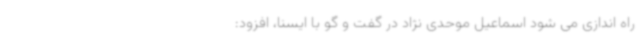
راه اندازی می شود اسماعیل موحدی نژاد در گفت و گو با ایسنا، افزود: